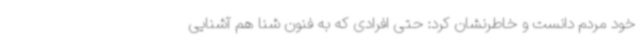
خود مردم دانست و خاطرنشان کرد: حتی افرادی که به فنون شنا هم آشنایی